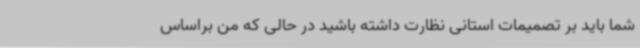
شما باید بر تصمیمات استانی نظارت داشته باشید در حالی که من براساس